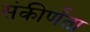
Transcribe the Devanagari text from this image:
संकीर्णंता